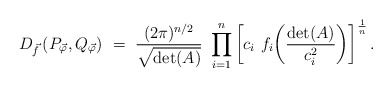
\begin{align*}D_{\vec f} \left(P_{\vec \varphi} , Q_{\vec \varphi} \right)\ = \ \frac{(2 \pi)^{n/2}}{\sqrt{\det (A)}} \ \prod_{i=1}^{n} \left[ c_i\ f_i \bigg( \frac{ \det (A)}{c_i^2} \bigg) \right]^{\frac{1}{n}}.\end{align*}